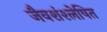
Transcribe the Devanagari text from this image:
जैवशंश्लेषित